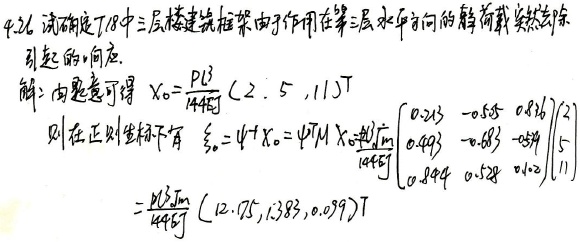
4.26 试确定图7.18中三层楼建筑框架由于作用在第三层水平方向的静荷载突然去除引起的响应.
解: 由题意可得 \(x_0=\frac{PL^3}{144EI}(2.5,5,11)^T\)
则在正则坐标下有 \(\xi_0=\varPsi^{-1}x_0=\varPsi^{T}Mx_0\frac{\sqrt{m}}{\frac{PL^3}{144EI}}\begin{pmatrix}0.213& -0.545& 0.816\\ 0.493& -0.803& -0.357\\0.844& 0.528& 0.02\end{pmatrix}\begin{pmatrix}2.5\\5\\11\end{pmatrix}\)
\(=\frac{PL^3\sqrt{m}}{144EI}(12.75,1.383,0.099)^T\)